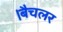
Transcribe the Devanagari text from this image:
।बैचलर